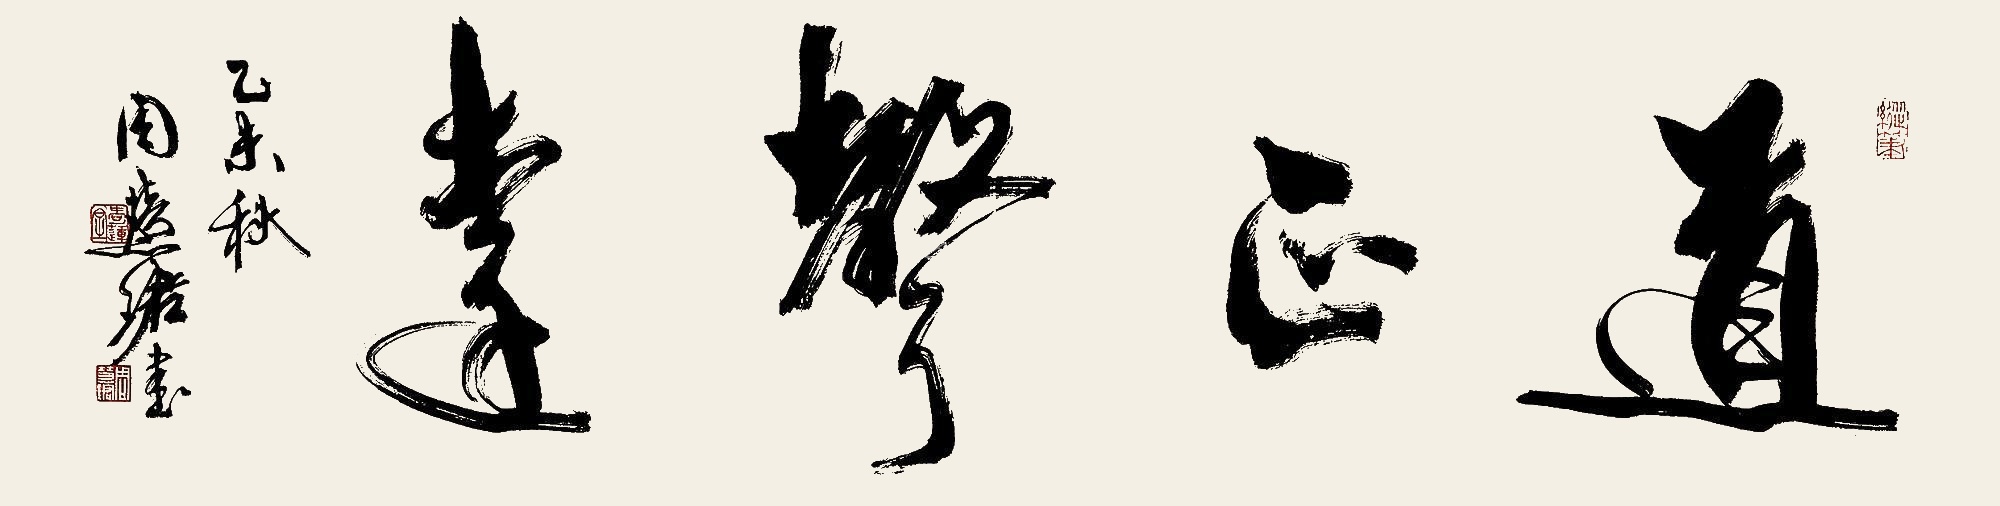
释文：道正声远乙未（2015）秋周慧珺书。